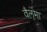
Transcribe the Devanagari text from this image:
वैलमा